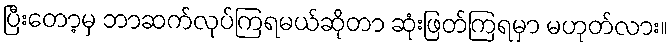
ပြီးတော့မှ ဘာဆက်လုပ်ကြရမယ်ဆိုတာ ဆုံးဖြတ်ကြရမှာ မဟုတ်လား။